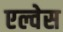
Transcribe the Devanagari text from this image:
एल्वेस